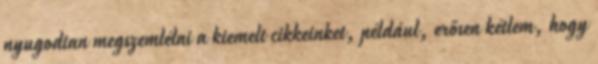
nyugodtan megszemlélni a kiemelt cikkeinket, például, erősen kétlem, hogy